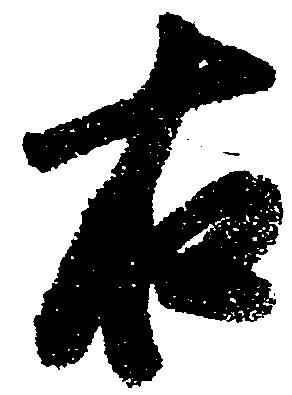
右